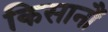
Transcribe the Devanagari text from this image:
किसानौं